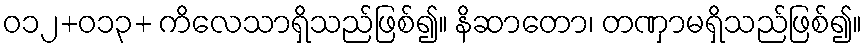
ဝ၁၂+၀၁၃+ ကိလေသာရှိသည်ဖြစ်၍။ နိဆာတော၊ တဏှာမရှိသည်ဖြစ်၍။